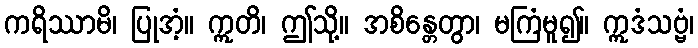
ကရိဿာမိ၊ ပြုအံ့။ ဣတိ၊ ဤသို့။ အစိန္တေတွာ၊ မကြံမူ၍။ ဣဒံသဗ္ဗံ၊